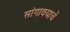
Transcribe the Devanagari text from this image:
सांगावयाचें